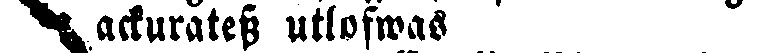
ackuratess utlofwas.